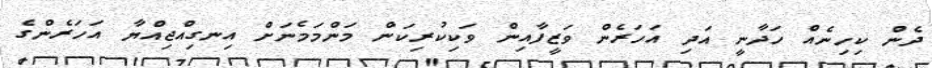
ދެން ކިހިނެއް ހަދާނީ އަދި އަހަރެން ވަޒީފާއިން ވަކިކުރިކަން މަންމަމެނަށް އިނގިއްޖިއްޔާ އަހަރެންގެ